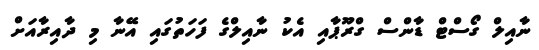
ނާއިލް ގޯސްޓް ޑާންސް ގްރޫޕާއި އެކު ނާއިލްގެ ފަހަތުގައި އޭނާ މި ދާއިރާއަށް